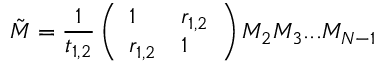
\tilde { M } = \frac { 1 } { t _ { 1 , 2 } } \left( \begin{array} { l l } { 1 } & { r _ { 1 , 2 } } \\ { r _ { 1 , 2 } } & { 1 } \end{array} \right) M _ { 2 } M _ { 3 } . . . M _ { N - 1 }